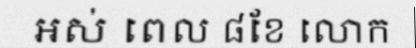
អស់ ពេល ៨ខែ លោក